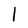
Character: l